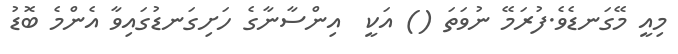
މިއީ މޭގަނޑެވެ.ފުރަމޭ ނުވަތަ () އަކީ  އިންސާނާގެ ހަށިގަނޑުގައިވާ އެންމެ ބޮޑު